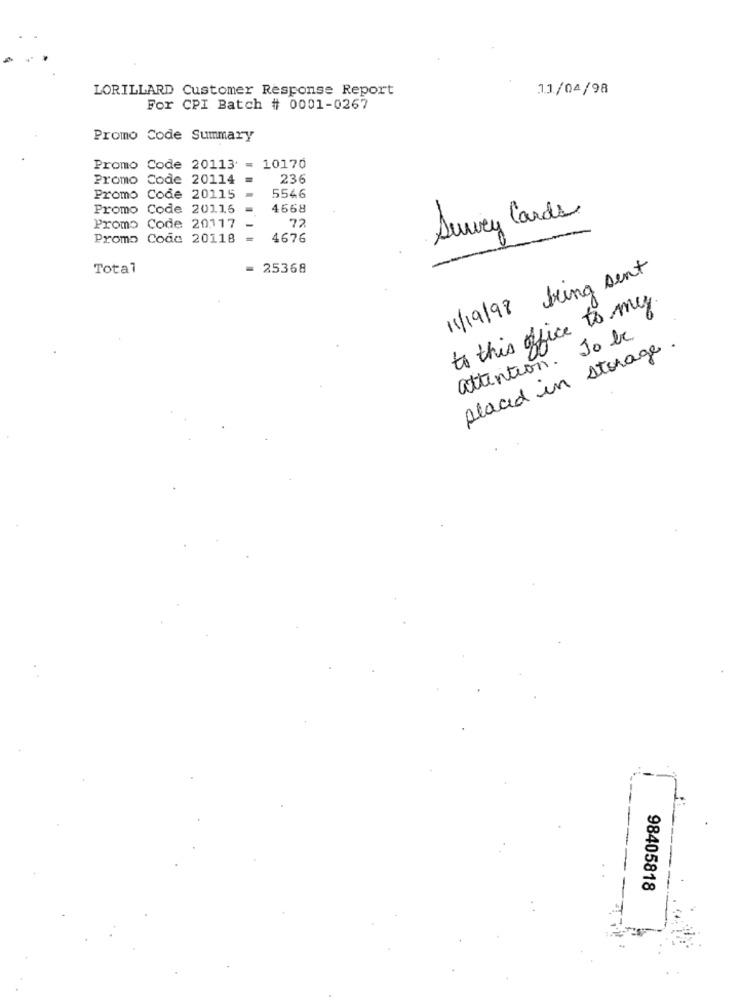
LORILLARD Customer Response Report
11/04/98
For CPI Batch # 0001-0267
Promo Code Summary
Promo Code 20113 = 10170
Promo Code 20114 =
236
Promo Code 20115
5546
Promo Code 20115
4668
Survey Cards
Promo Code 20117
72
Promo Code 20118 =
4676
Total
25368
11/19/98 being sent
to this office to my
attention. To be
placed in storage.
98405818